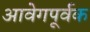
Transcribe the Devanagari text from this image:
आवेगपूर्वक